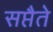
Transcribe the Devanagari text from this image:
सप्तैते